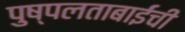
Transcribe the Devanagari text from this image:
पुष्पलताबाईंची